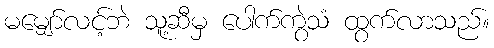
မမျှော်လင့်ဘဲ သူ့ဆီမှ ပေါက်ကွဲသံ ထွက်လာသည်။